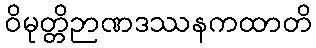
ဝိမုတ္တိဉာဏဒဿနကထာတိ